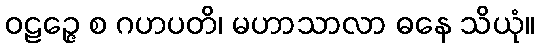
ဝဠဉ္ဇေ စ ဂဟပတိ၊ မဟာသာလာ ဓနေ သိယုံ။